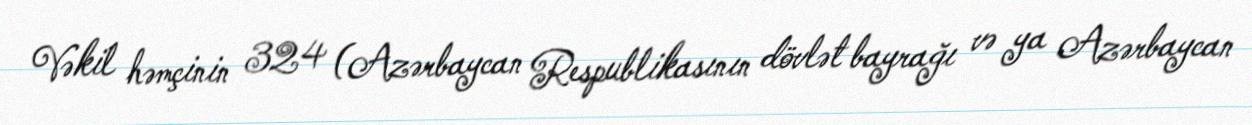
Vəkil həmçinin 324 (Azərbaycan Respublikasının dövlət bayrağı və ya Azərbaycan